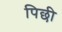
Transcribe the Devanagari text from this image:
पिछी